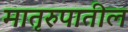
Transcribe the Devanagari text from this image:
मातृरुपातील